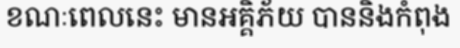
ខណៈពេលនេះ មានអគ្គិភ័យ បាននិងកំពុង